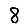
Digit: 8